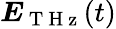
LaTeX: \boldsymbol{E}_{\mathrm{~T~H~z~}}(t)